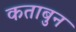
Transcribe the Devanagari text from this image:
कताबुन